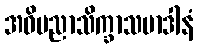
အဓိပညာသိက္ခာသမာဒါနံ